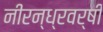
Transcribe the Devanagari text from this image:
नीरन्ध्रवर्षी